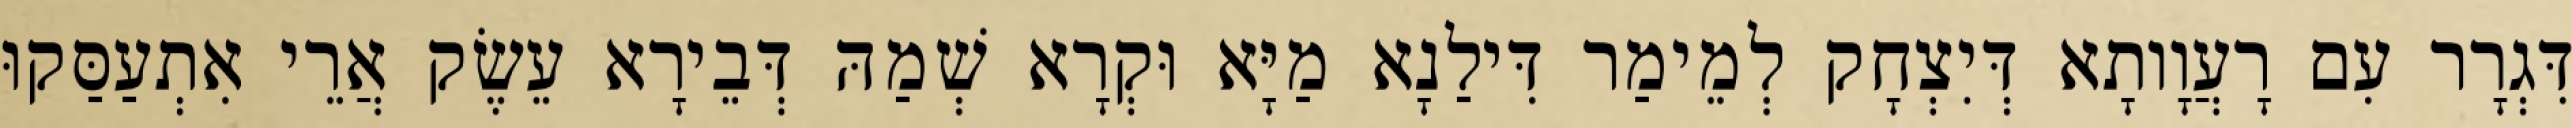
דִּגְרָר עִם רָעֲוָותָא דְּיִצְחָק לְמֵימַר דִּילַנָא מַיָּא וּקְרָא שְׁמַהּ דְּבֵירָא עֵשֶׂק אֲרֵי אִתְעַסַּקוּ